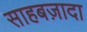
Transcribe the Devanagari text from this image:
साहबज़ादा